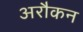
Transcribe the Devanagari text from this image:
अरौकन